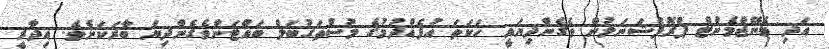
އަދި މެނޭޖްމެންޓް ޕްރޮފެޝަނަލުން ވެގެންދިޔައީ ހަކަތަ އުފެއްދުމުގެ މުސްތަގުބަލް ބައްޓަންވެގެންދިޔަ ބާރަކަށެވެ. އިދާރީ